Insane asylums in Bengal annual reports 1867-1875 - 1867-1875
Year: 1867
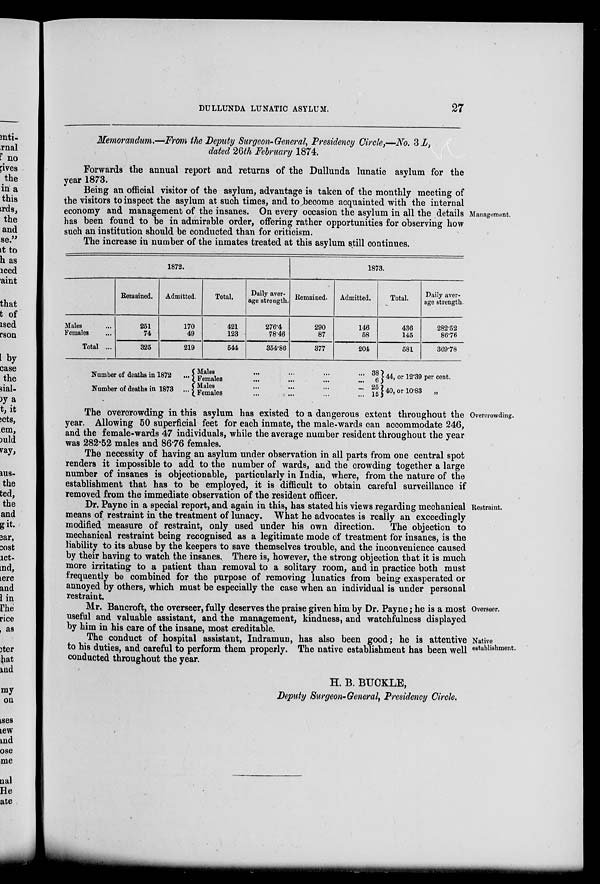
DULLUNDA LUNATIC ASYLUM.
27
Memorandum.—From the Deputy Surgeon-General, Presidency Circle,—No. 3 L,
dated 26th February 1874.
Forwards the annual report and returns of the Dullunda lunatic asylum for the
year 1873.
Management.
Being an official visitor of the asylum, advantage is taken of the monthly meeting of
the visitors to inspect the asylum at such times, and to become acquainted with the internal
economy and management of the insanes. On every occasion the asylum in all the details
has been found to be in admirable order, offering rather opportunities for observing how
such an institution should be conducted than for criticism.
The increase in number of the inmates treated at this asylum still continues.
1872.
Males ...
Females ...
Total ...
Remained.
251
74
325
Admitted.
170
49
219
Total.
421
123
544
Daily aver-
age strength.
276.4
78.46
354.86
1873.
Remained.
290
87
377
Admitted.
146
58
204
Total.
436
145
581
Daily aver-
age strength.
282.52
86.76
369.78
Number of deaths in 1872 ...
Number of deaths in 1873 ...
Males ... ... ... ...
Females ... ... ... ...
Males ... ... ... ...
Females ... ... ... ...
38
6
25
15
44, or 12.39 per cent.
40, or 10.83 „
Overcrowding.
The overcrowding in this asylum has existed to a dangerous extent throughout the
year. Allowing 50 superficial feet for each inmate, the male-wards can accommodate 246,
and the female-wards 47 individuals, while the average number resident throughout the year
was 282.52 males and 86.76 females.
The necessity of having an asylum under observation in all parts from one central spot
renders it impossible to add to the number of wards, and the crowding together a large
number of insanes is objectionable, particularly in India, where, from the nature of the
establishment that has to be employed, it is difficult to obtain careful surveillance if
removed from the immediate observation of the resident officer.
Restraint.
Dr. Payne in a special report, and again in this, has stated his views regarding mechanical
means of restraint in the treatment of lunacy. What he advocates is really an exceedingly
modified measure of restraint, only used under his own direction.
The objection to
mechanical restraint being recognised as a legitimate mode of treatment for insanes, is the
liability to its abuse by the keepers to save themselves trouble, and the inconvenience caused
by their having to watch the insanes. There is, however, the strong objection that it is much
more irritating to a patient than removal to a solitary room, and in practice both must
frequently be combined for the purpose of removing lunatics from being exasperated or
annoyed by others, which must be especially the case when an individual is under personal
restraint.
Overseer.
Mr. Bancroft, the overseer, fully deserves the praise given him by Dr. Payne; he is a most
useful and valuable assistant, and the management, kindness, and watchfulness displayed
by him in his care of the insane, most creditable.
Native
establishment.
The conduct of hospital assistant, Indramun, has also been good; he is attentive
to his duties, and careful to perform them properly. The native establishment has been well
conducted throughout the year.
H. B. BUCKLE,
Deputy Surgeon-General, Presidency Circle.